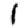
Digit: 1